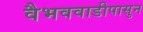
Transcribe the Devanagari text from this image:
वैभववाडीपासुन